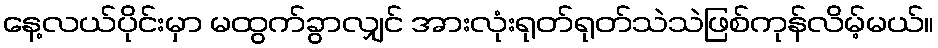
နေ့လယ်ပိုင်းမှာ မထွက်ခွာလျှင် အားလုံးရုတ်ရုတ်သဲသဲဖြစ်ကုန်လိမ့်မယ်။